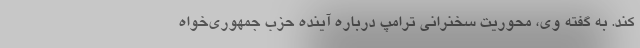
کند. به گفته وی، محوریت سخنرانی ترامپ درباره آینده حزب جمهوری‌خواه